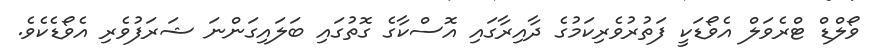
ވޯލްޑް ޓްރެވަލް އެވޯޑަކީ ފަތުރުވެރިކަމުގެ ދާއިރާގައި އޮސްކާގެ ގޮތުގައި ބަލައިގަންނަ ޝަރަފުވެރި އެވޯޑެކެވެ.